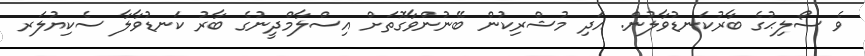
ވެ ސޯލިޙުގެ ބާރުކަނޑުވާލުން. އަދި މުޝްރިކުން ބޭނުންވާގޮތަށް އިސްލާމްދީނުގެ ބާރު ކަނޑުވާލާ ސެކިޔުލަރ